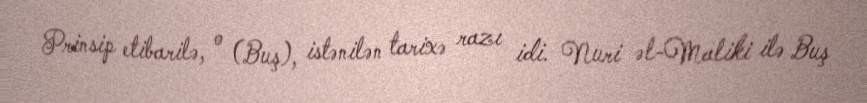
Prinsip etibarilə, o (Buş), istənilən tarixə razı idi. Nuri əl-Maliki ilə Buş